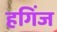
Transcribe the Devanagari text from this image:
हगिंज